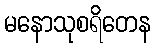
မနောသုစရိတေန